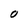
Character: O